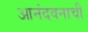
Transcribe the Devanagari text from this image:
आनंदवनाची